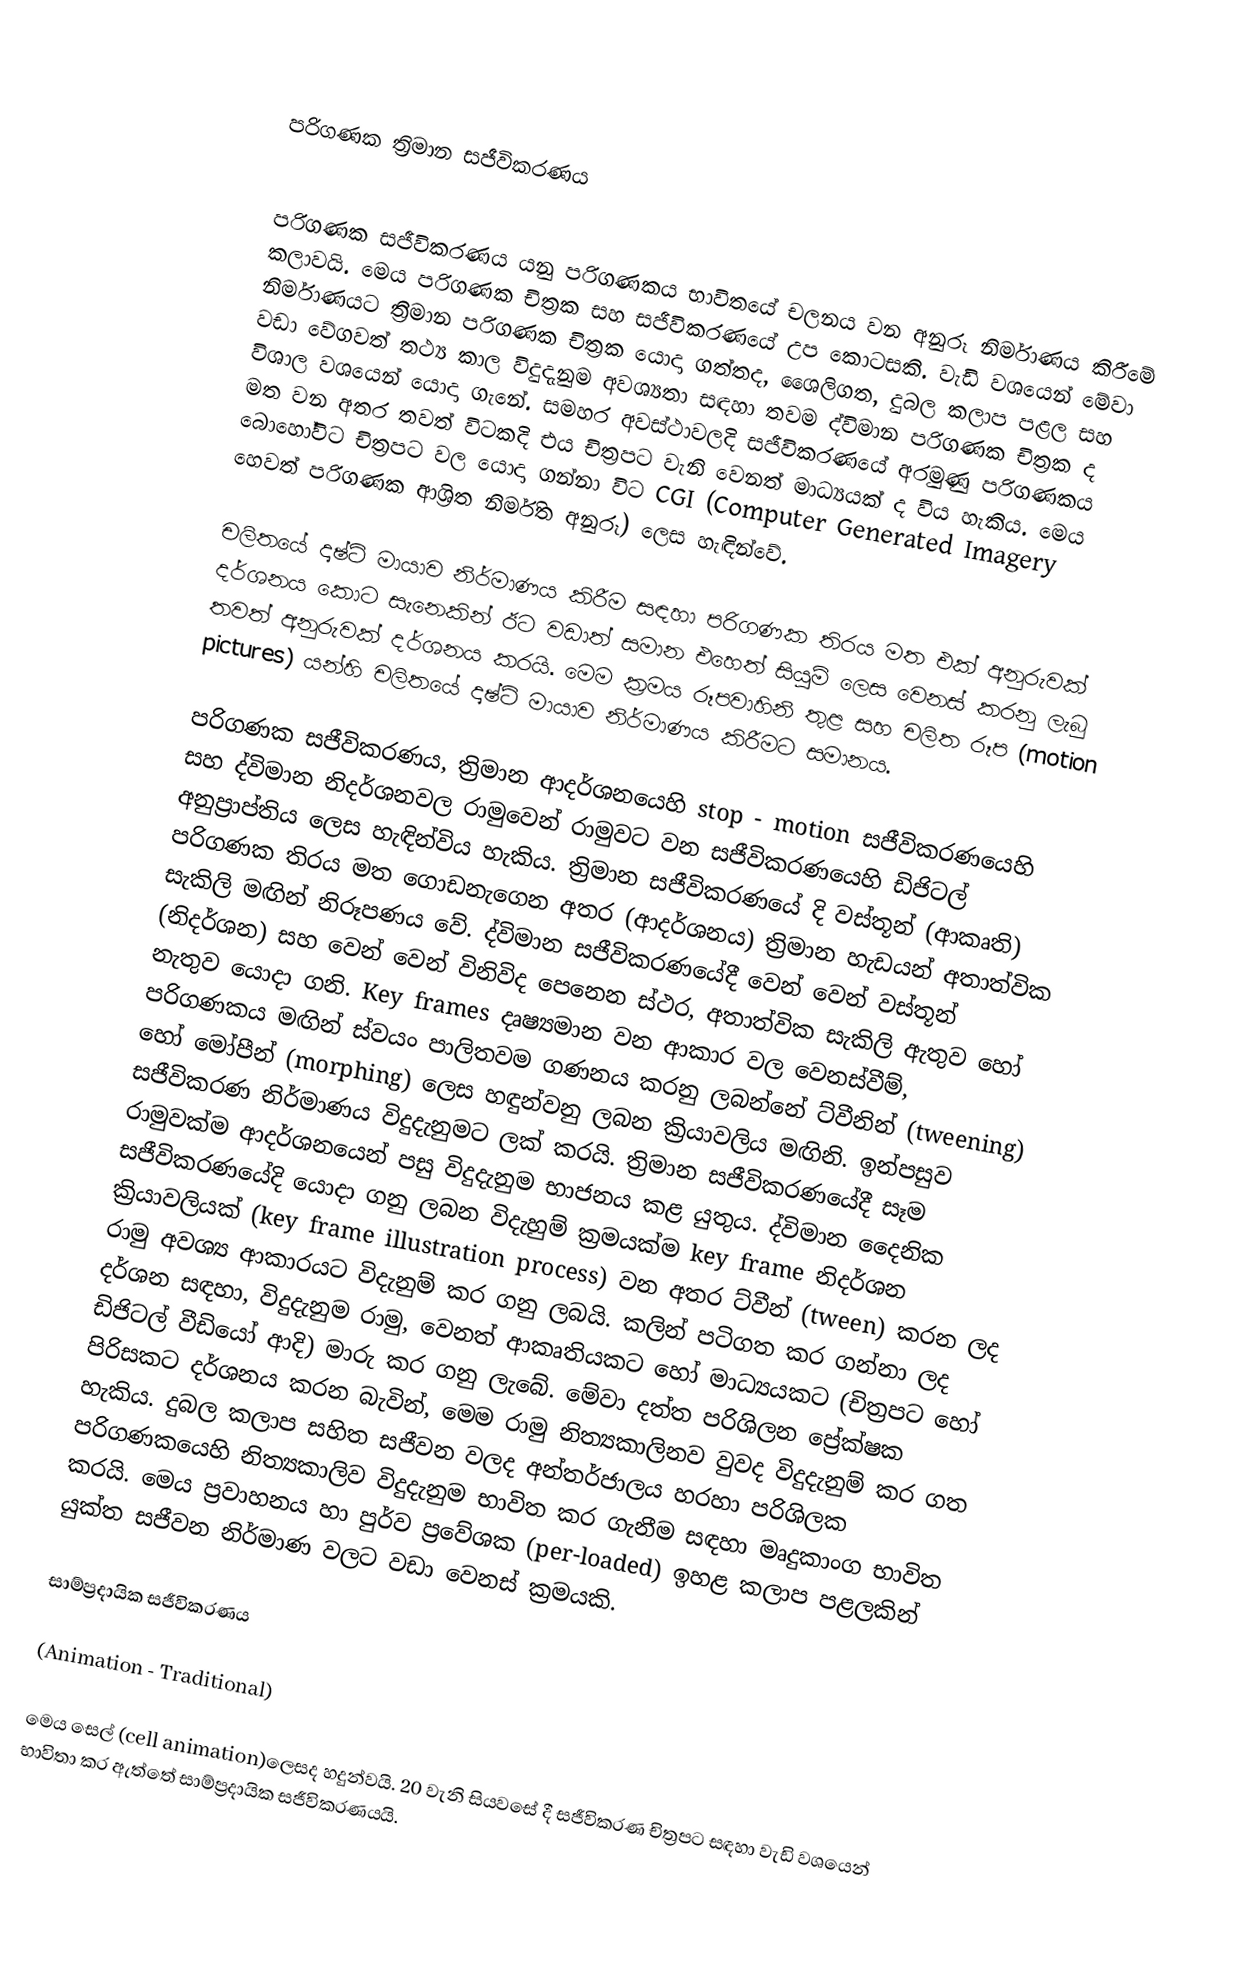

පරිගණක ත්‍රිමාන සජීවිකරණය

පරිගණක සජීවිකරණය යනු පරිගණකය භාවිතයේ චලනය වන අනුරූ නිර්මාණය කිරීමේ කලාවයි. මෙය පරිගණක චිත්‍රක සහ සජීවිකරණයේ උප කොටසකි. වැඩි වශයෙන් මේවා නිර්මාණයට ත්‍රිමාන පරිගණක චිත්‍රක යොදා ගත්තද, ශෛලිගත, දුබල කලාප පළල සහ වඩා වේගවත් තථ්‍ය කාල විදුදැනුම අවශ්‍යතා සඳහා තවම ද්විමාන පරිගණක චිත්‍රක ද විශාල වශයෙන් යොදා ගැනේ. සමහර අවස්ථාවලදි සජීවිකරණයේ අරමුණු පරිගණකය මත වන අතර තවත් විටකදි එය චිත්‍රපට වැනි වෙනත් මාධ්‍යයක් ද විය හැකිය. මෙය බොහෝවිට චිත්‍රපට වල යොදා ගන්නා විට CGI (Computer Generated Imagery හෙවත් පරිගණක ආශ්‍රිත නිර්මිත අනුරූ) ලෙස හැඳින්වේ.

චලිතයේ දෘෂ්ටි මායාව නිර්මාණය කිරීම සඳහා පරිගණක තිරය මත එක් අනුරුවක් දර්ශනය කොට සැනෙකින් ඊට වඩාත් සමාන එහෙත් සියුම් ලෙස වෙනස් කරනු ලැබු තවත් අනුරුවක් දර්ශනය කරයි. මෙම ක්‍රමය රූපවාහිනි තුළ සහ චලිත රූප (motion pictures) යන්හි චලිතයේ දෘෂ්ටි මායාව නිර්මාණය කිරීමට සමානය.

පරිගණක සජීවිකරණය, ත්‍රිමාන ආදර්ශනයෙහි  stop - motion සජීවිකරණයෙහි සහ ද්විමාන නිදර්ශනවල රාමුවෙන් රාමුවට වන සජීවිකරණයෙහි ඩිජිටල් අනුප්‍රාප්තිය ලෙස හැඳින්විය හැකිය. ත්‍රිමාන සජීවිකරණයේ දි වස්තූන් (ආකෘති) පරිගණක තිරය මත ගොඩනැගෙන අතර (ආදර්ශනය) ත්‍රිමාන හැඩයන් අතාත්වික සැකිලි මඟින් නිරූපණය වේ. ද්විමාන  සජීවිකරණයේදී වෙන් වෙන් වස්තූන් (නිදර්ශන) සහ වෙන් වෙන් ‍විනිවිද පෙනෙන ස්ථර, අතාත්වික සැකිලි ඇතුව හෝ නැතුව යොදා ගනි. Key frames දෘෂ්‍යමාන වන ආකාර වල වෙනස්වීම්, පරිගණකය මඟින්  ස්වයං පාලිතවම ගණනය කරනු ලබන්නේ ට්වීනින් (tweening) හෝ මෝපීන් (morphing) ලෙස හඳුන්වනු ලබන ක්‍රියාවලිය මඟිනි. ඉන්පසුව සජීවිකරණ නිර්මාණය විදුදැනුමට ලක් කරයි. ත්‍රිමාන සජීවිකරණයේදී සෑම රාමුවක්ම ආදර්ශනයෙන් පසු විදුදැනුම භාජනය කළ යුතුය. ද්විමාන දෛනික සජීවිකරණයේදි යොදා ගනු ලබන විදැහුම් ක්‍රමයක්ම  key frame නිදර්ශන ක්‍රියාවලියක් (key frame illustration process) වන අතර ට්වීන් (tween) කරන ලද රාමු අවශ්‍ය ආකාරයට විදැනුම් කර ගනු ලබයි. කලින් පටිගත කර ගන්නා ලද දර්ශන සඳහා, විදුදැනුම රාමු, වෙනත් ආකෘතියකට හෝ මාධ්‍යයක‍ට (චිත්‍රපට හෝ ඩිජිටල් වීඩියෝ ආදි) මාරු කර ගනු ලැබේ. මේවා දත්ත පරිශිලන ප්‍රේක්ෂක පිරිසකට දර්ශනය කරන බැවින්, මෙම රාමු නිත්‍යකාලිනව වුවද විදුදැනුම් කර ගත හැකිය. දුබල කලාප සහිත සජීවන වලද අන්තර්ජාලය හරහා පරිශිලක පරිගණකයෙහි නිත්‍යකාලිව  විදුදැනුම භාවිත කර ගැනීම සඳහා මෘදුකාංග භාවිත කරයි. මෙය  ප්‍රවාහනය හා පුර්ව ප්‍රවේශක (per-loaded) ඉහළ කලාප පළලකින් යුක්ත සජීවන නිර්මාණ වලට වඩා වෙනස් ක්‍රමයකි.

සාම්ප්‍රදායික සජීවිකරණය

(Animation - Traditional)

මෙය සෙල්   (cell animation)ලෙසද හදුන්වයි. 20 ‍වැනි සියවසේ දී සජීවිකරණ චිත්‍රපට සඳහා වැඩි වශයෙන් භාවිතා කර ඇත්තේ සාම්ප්‍රදායික සජීවිකරණයයි.